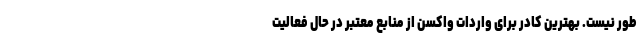
طور نیست. بهترین کادر برای واردات واکسن از منابع معتبر در حال فعالیت